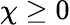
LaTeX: \chi\geq 0